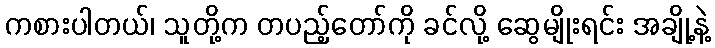
ကစားပါတယ်၊ သူတို့က တပည့်တော်ကို ခင်လို့ ဆွေမျိုးရင်း အချို့နဲ့